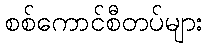
စစ်ကောင်စီတပ်များ